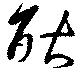
耿